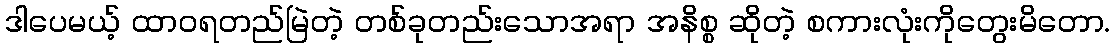
ဒါပေမယ့် ထာဝရတည်မြဲတဲ့ တစ်ခုတည်းသောအရာ အနိစ္စ ဆိုတဲ့ စကားလုံးကိုတွေးမိတော.